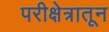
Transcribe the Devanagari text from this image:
परीक्षेत्रातून